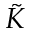
\tilde { K }